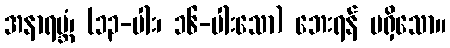
အနာရမ္ဘံ၊ (၁၃-ပါး၊ ၁၆-ပါးသော) ဘေးရန် မရှိသော။